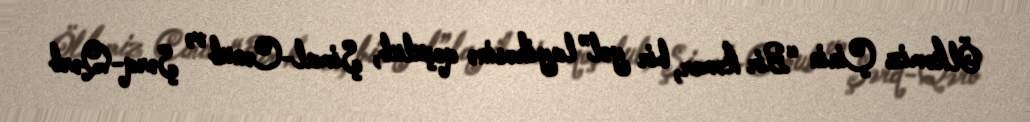
Ölkəmiz Çinin “Bir kəmər, bir yol” layihəsinə qoşulub, Şimal-Cənub və Şərq-Qərb